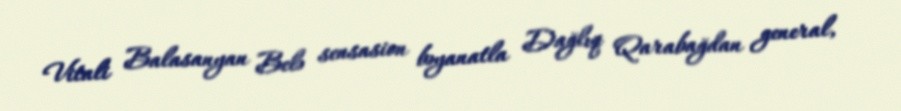
Vitali Balasanyan Belə sensasion bəyanatla Dağlıq Qarabağdan general,